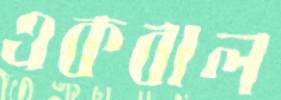
একবাল